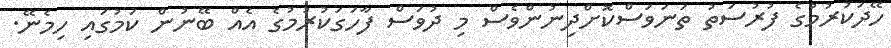
ހޭދަކުރުމުގެ ފުރުސަތު ތަނަވަސްކޮށްދިނުންވެސް މި ދުވަސް ފާހަގަކުރުމުގެ އެއް ބޭނުން ކަމުގައި ހިމެނޭ.